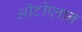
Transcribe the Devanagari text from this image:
ऑटोप्लान